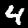
Digit: 4